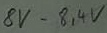
Text: 8V-8,4V